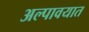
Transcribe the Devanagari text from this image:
अल्पावयात